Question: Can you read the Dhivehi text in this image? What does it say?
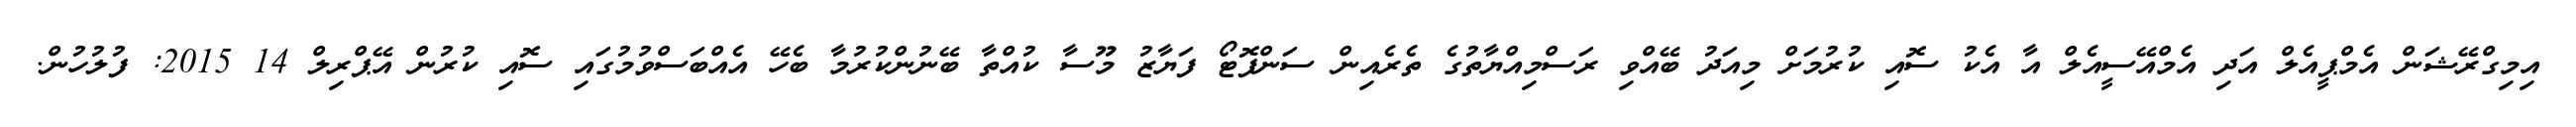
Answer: އިމިގްރޭޝަން އެމްޕީއެލް އަދި އެމްއޭސީއެލް އާ އެކު ސޮއި ކުރުމަށް މިއަދު ބޭއްވި ރަސްމިއްޔާތުގެ ތެރެއިން ސަންފޮޓޯ ފަޔާޒު މޫސާ ކުއްތާ ބޭނުންކުރުމާ ބެހޭ އެއްބަސްވުމުގައި ސޮއި ކުރުން އޭޕްރިލް 14 2015: ފުލުހުން.